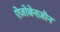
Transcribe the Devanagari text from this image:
ऐज़ोबेनज़ीन